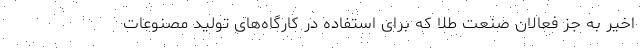
اخیر به جز فعالان صنعت طلا که برای استفاده در کارگاه‌های تولید مصنوعات